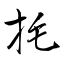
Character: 㧌